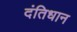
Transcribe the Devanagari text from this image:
दंतिधान